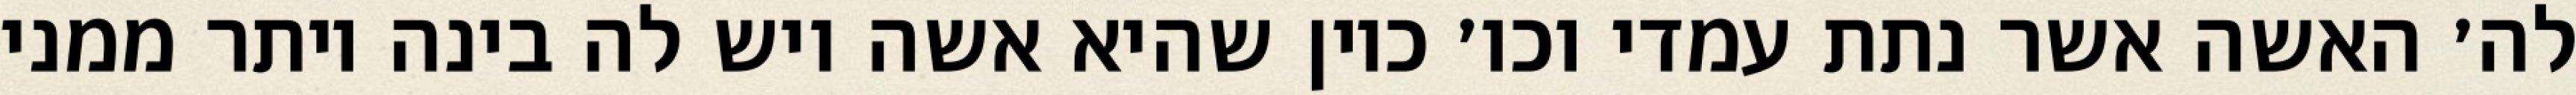
לה׳ האשה אשר נתת עמדי וכו׳ כיון שהיא אשה ויש לה בינה יותר ממני